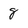
Character: 8